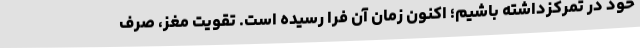
خود در تمرکزداشته باشیم؛ اکنون زمان آن فرا رسیده است. تقویت مغز، صرف